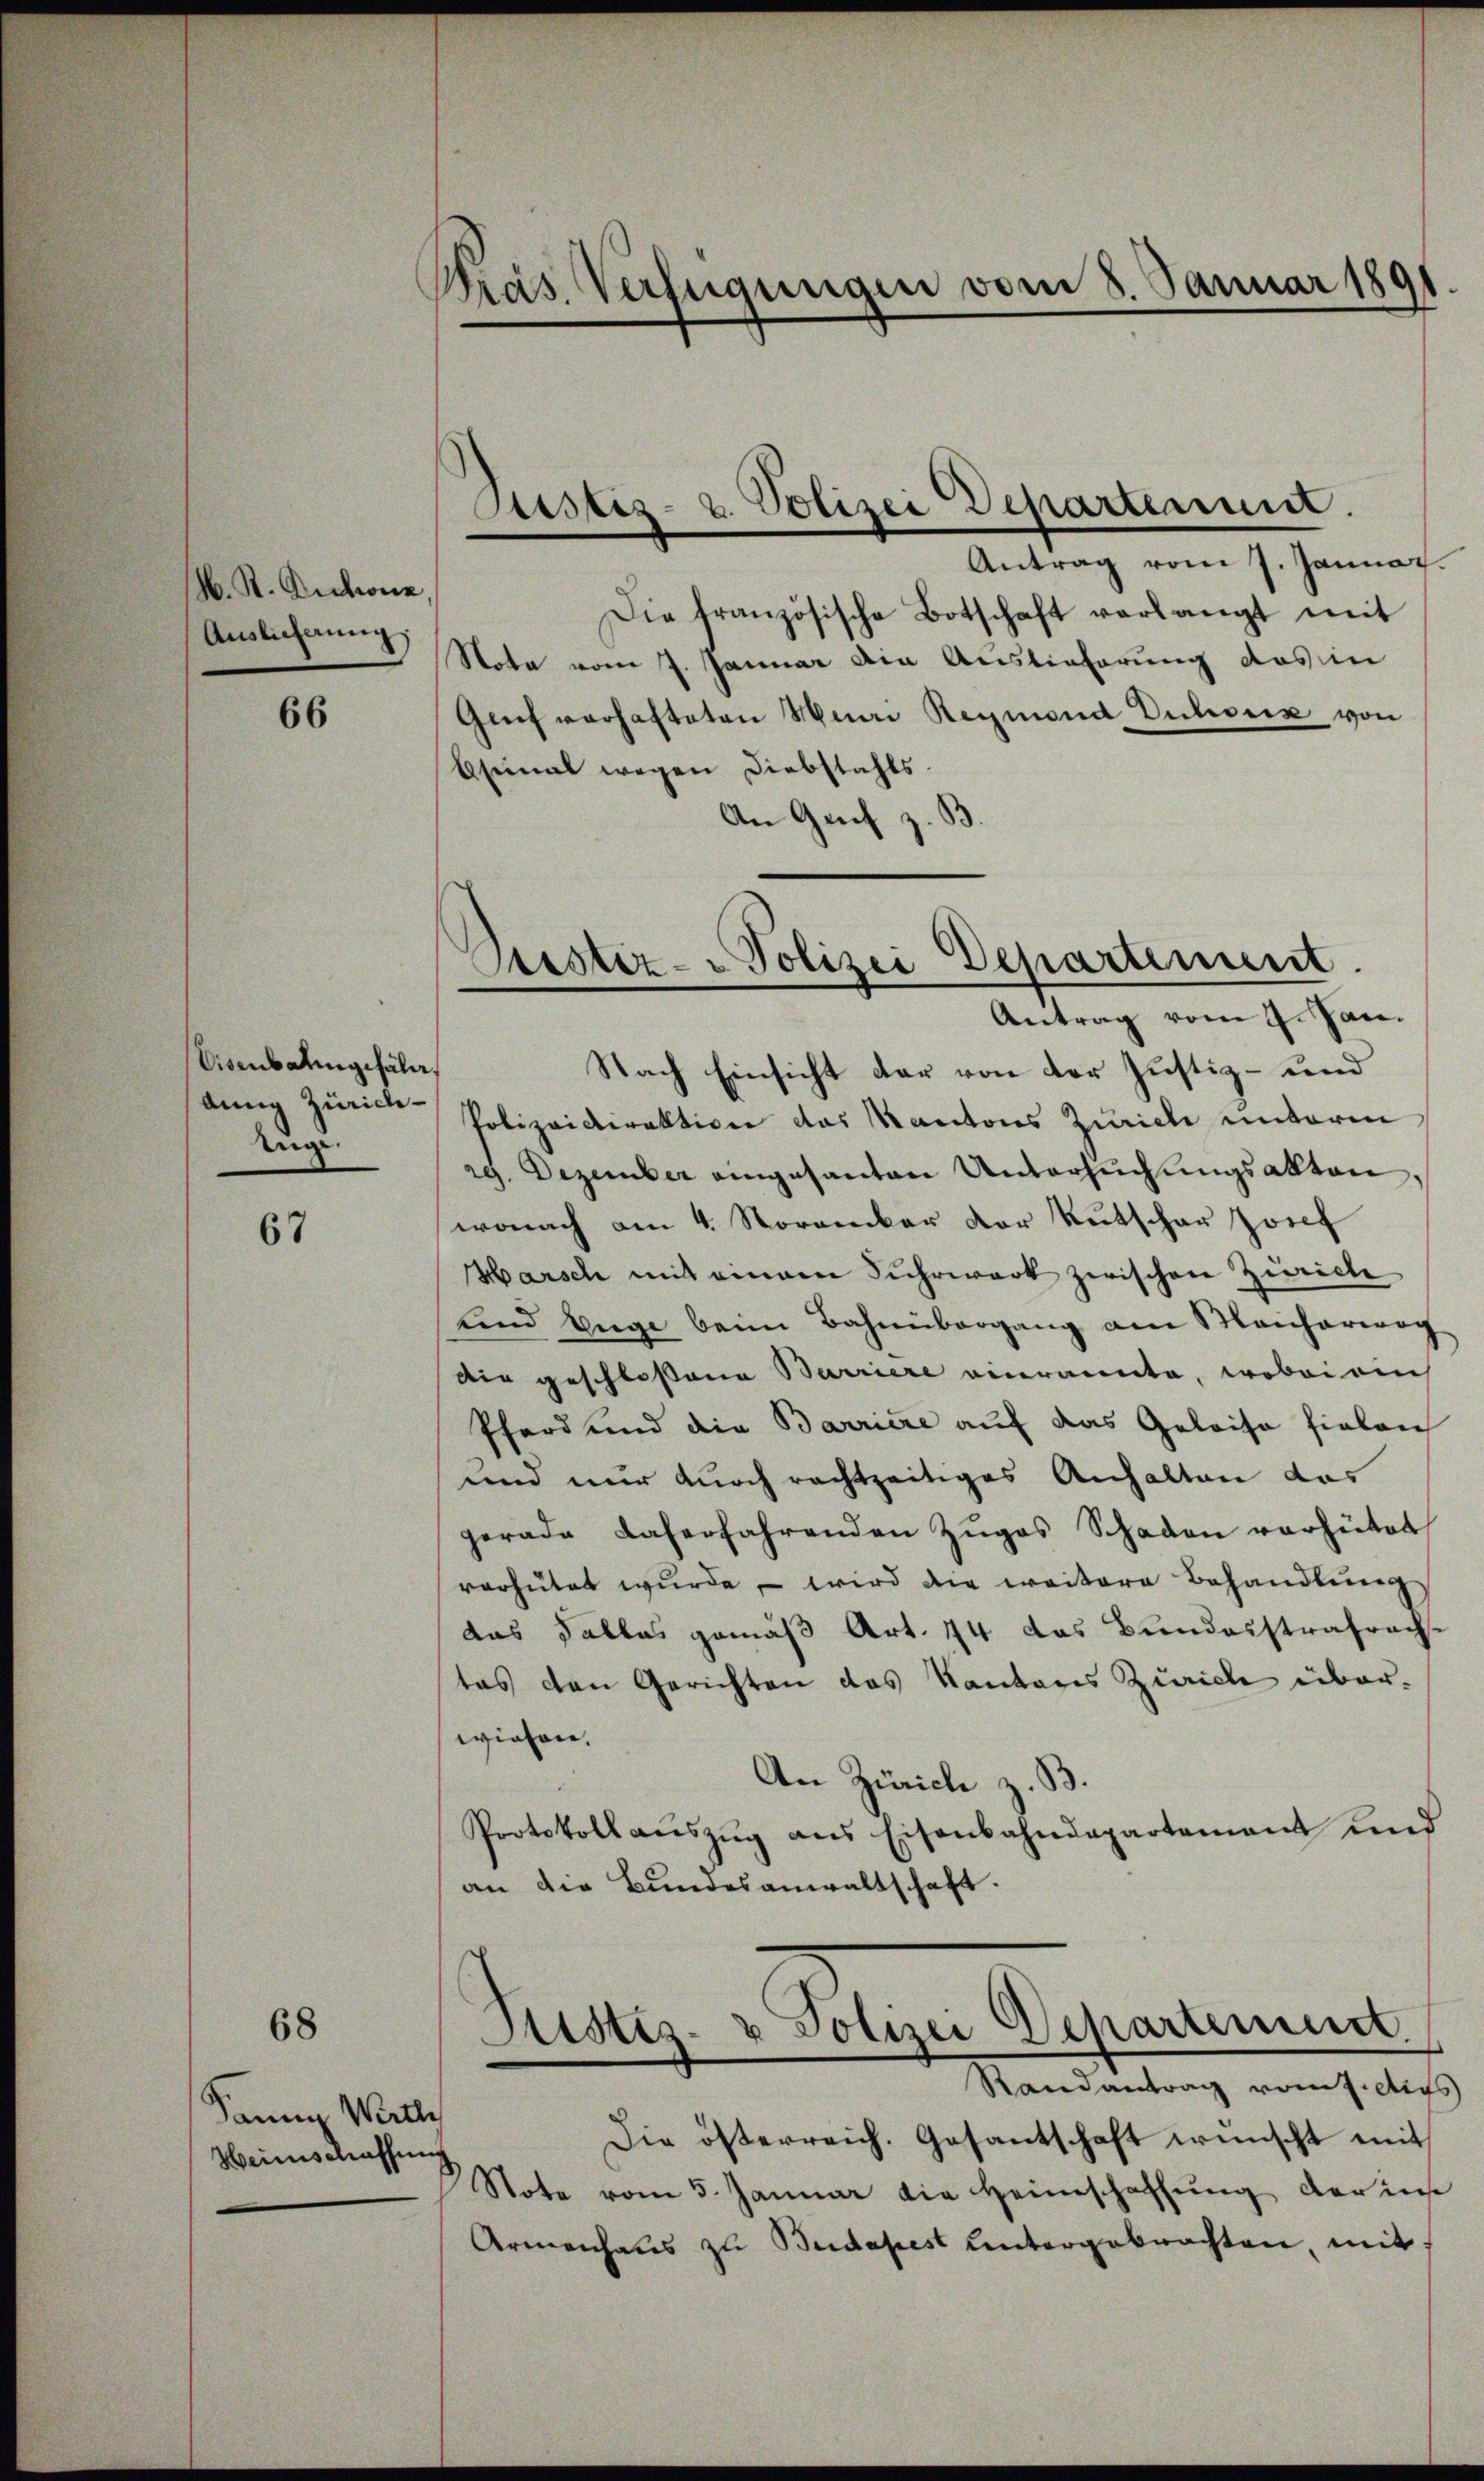
M. R. Auctione
Auslicherung,

66

Disenbalingefäll
dung Zürich¬
Zuge.

67

68

Dann Werthe
Heimschaffen

Präs. Verfügungen vom 8. Januar 181
.

Antrag vom 7. Januar.
Die französische Botschaft verlangt mit
Note vom 7. Januar die Auslieferung das in
Genf verhafteten Muri Reymond Vulioix von
bsinal wegen Diebstahls
An Gech

Justiz- & Polizei Departement.

Prustiz-Polizei Departement.
Antrag vom 9. Jan.

Nach Einsicht der von der Justiz- und
Polizeidirektion das Kantons Zürich unterm
29. Dezember eingesanten Untersuchungsakten
wonach am 4. November der Kutschar Josef
Marsch mit einem Fuhrwerk zwischen Zürich
und Enge beim Bahnübergang am Maichariag
Die geschlossene Barriere einraumte, wobei auch
Pferd und die Barriere auf das Geleise fielen
und nur durch rechtzeitiges Anhalten das
gerade daferfahrenden Zŭgas Schaden verhütet
verhütet wŭrde, wird die weitere Behandlung
das Falles gemäß Art. 44 das Bundesstrafrach
tas den Gerichten das Kantons Zürich überwiesen.
An Zürich z. B.
Protokoll aŭszŭg ans Eisenbahndepartement und
an die Bundesanwaltschaft.
Justiz- & Polizei Departement.
Randantrag vom 7. Aufs
Die österreich. Gesantschaft wünscht mit
Note vom 5. Januar die Heimschaffŭng der in
Armenhaus zu Budapest untergebrachten mit